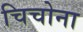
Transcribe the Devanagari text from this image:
चिचोना